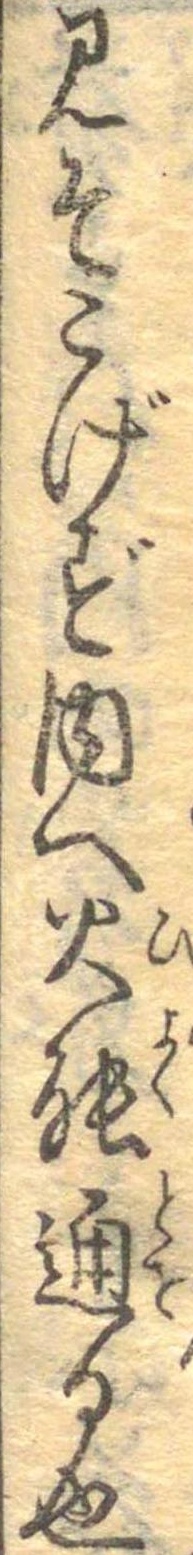
みそこげず内へ火能通る也